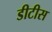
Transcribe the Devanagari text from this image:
डीटीस